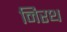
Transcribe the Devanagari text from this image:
निरथ